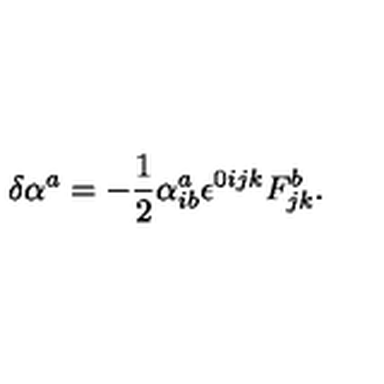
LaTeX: \delta \alpha ^ { a } = - \frac { 1 } { 2 } \alpha _ { i b } ^ { a } \epsilon ^ { 0 i j k } F _ { j k } ^ { b } .